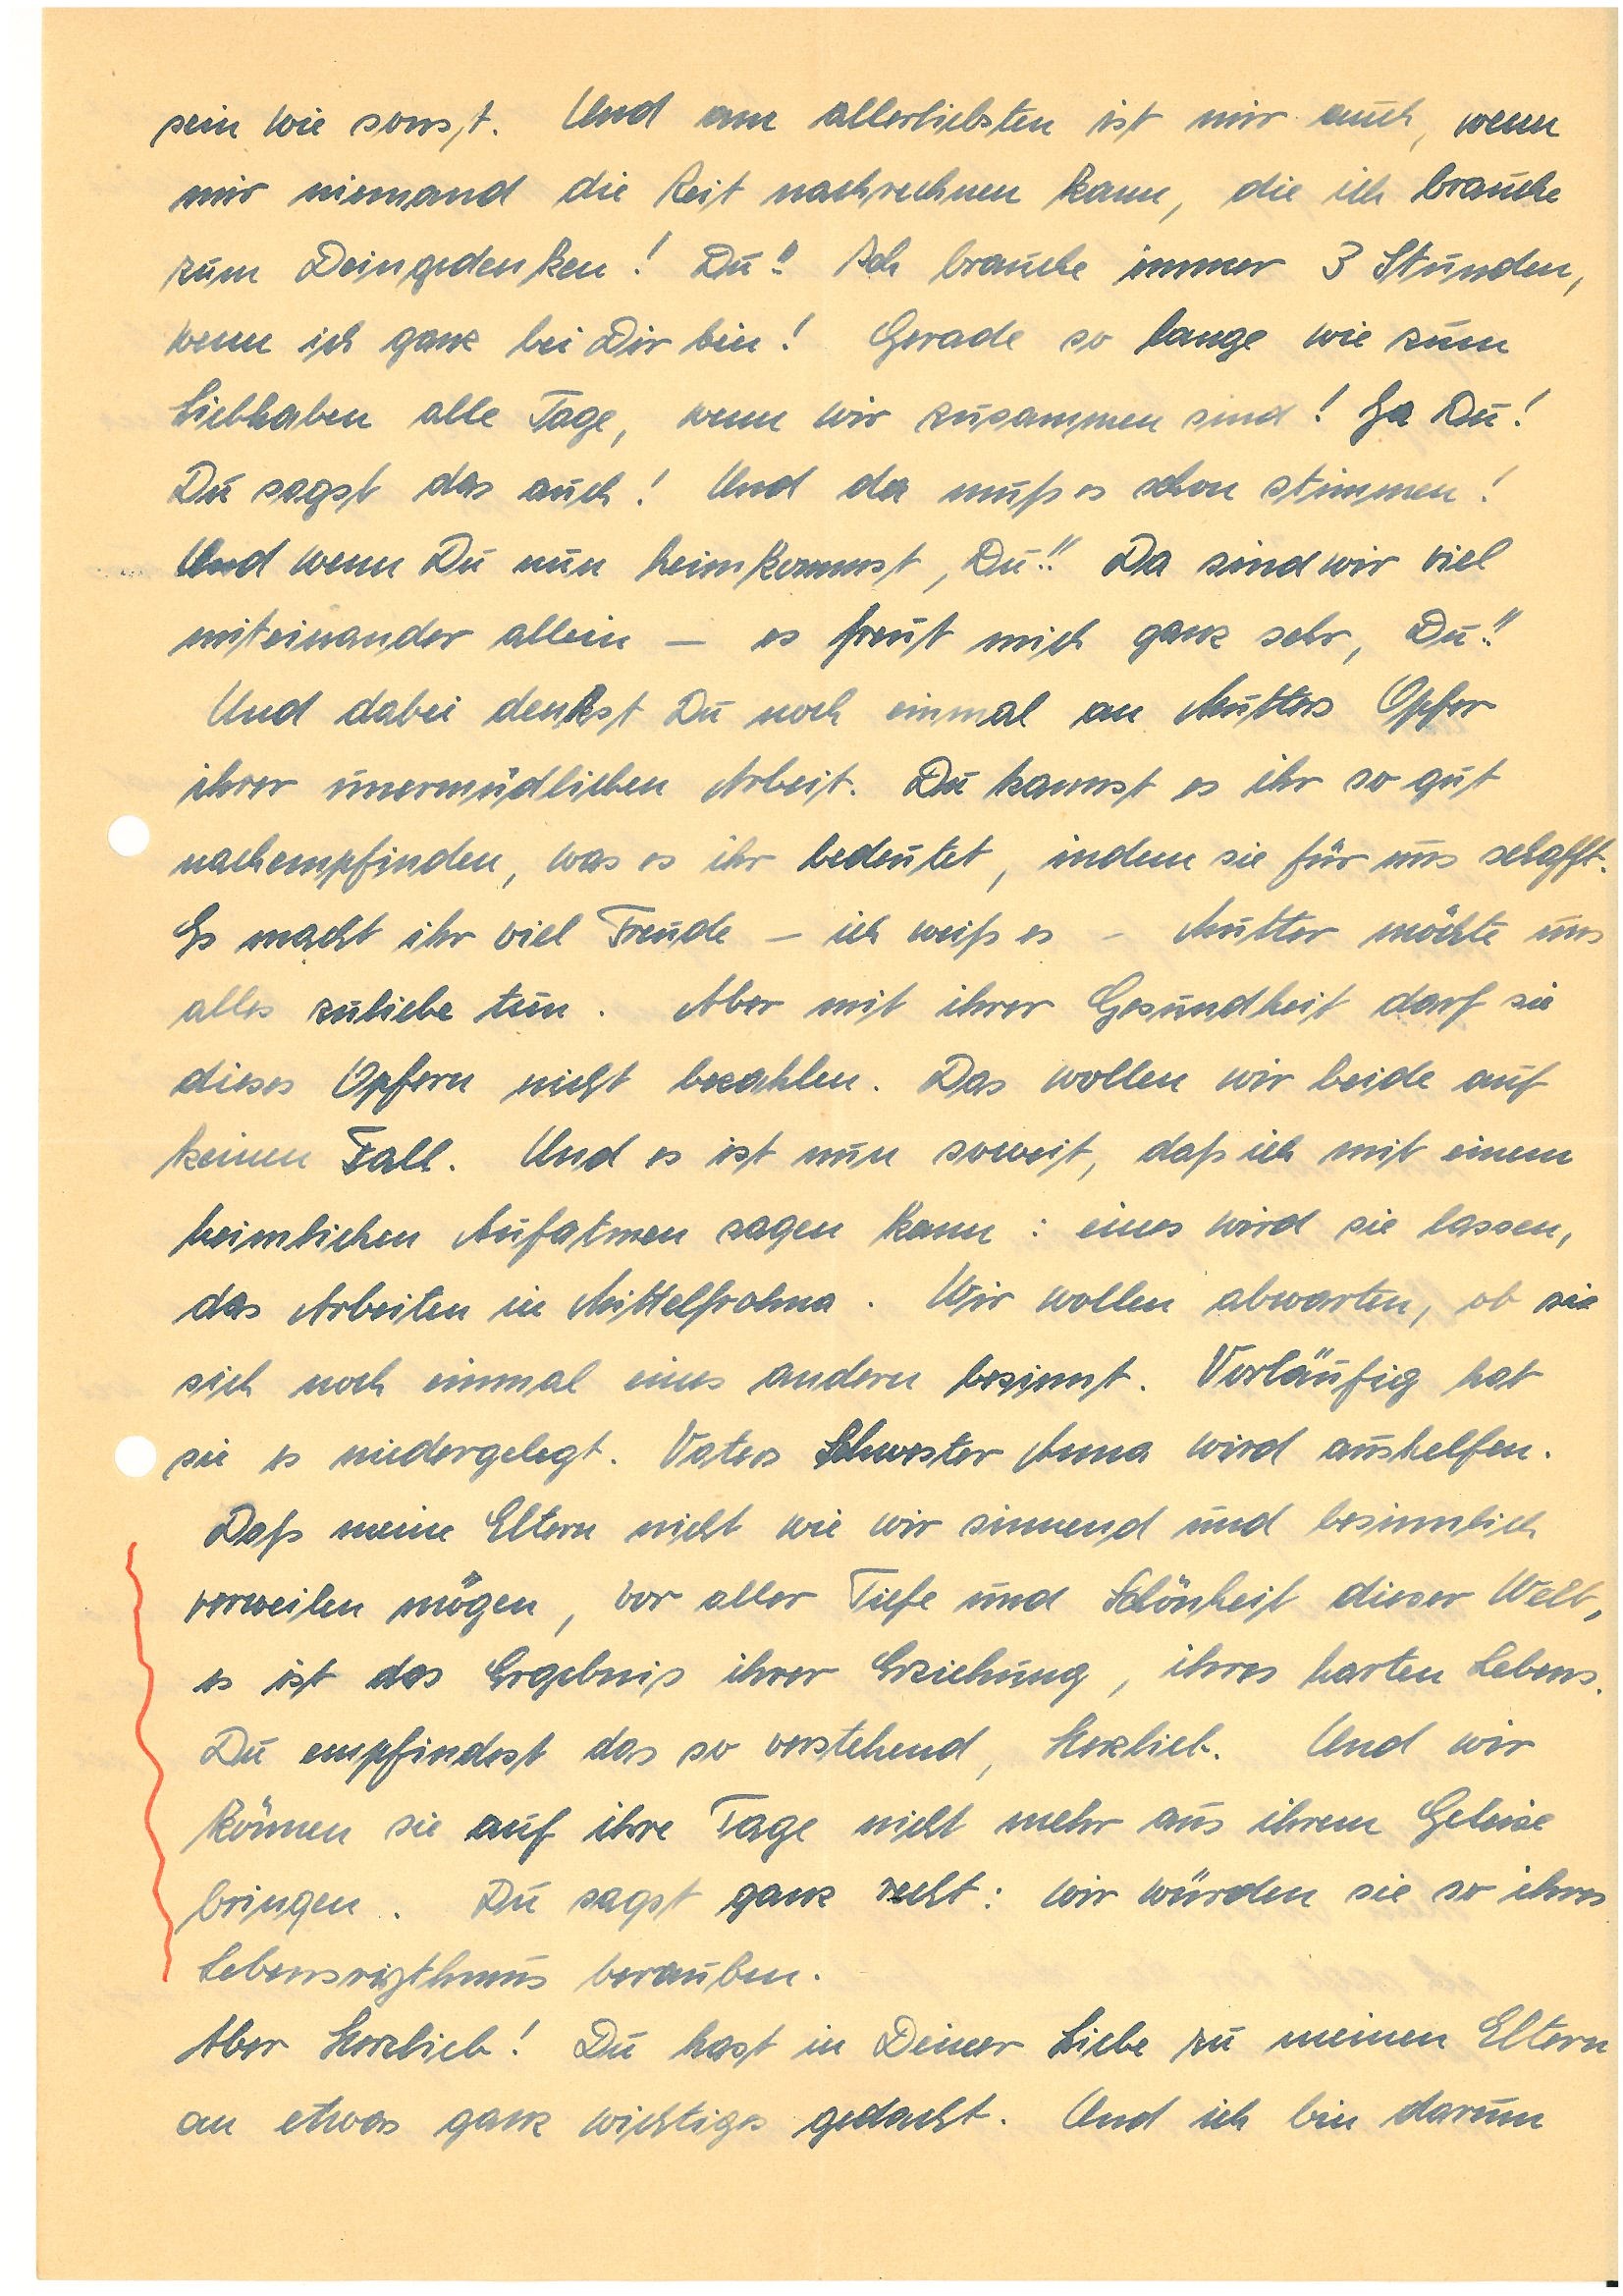
sein wie sonst. Und am allerliebsten ist mir auch, wenn
mir niemand die Zeit nachrechnen kann, die ich brauche
zum Deingedenken! Du!! Ich brauche immer 3 Stunden,
wenn ich ganz bei Dir bin! Gerade so lange wie zum
Liebhaben alle Tage, wenn wir zusammen sind! Ja Du!
Du sagst das auch! Und da muß es schon stimmen!
Und wenn Du nun heimkommst, Du!! Da sind wir viel
miteinander allein – es freut mich ganz sehr, Du!!
Und dabei denkst Du noch einmal an Mutters Opfer
ihrer unermüdlichen Arbeit. Du kannst es ihr so gut
nachempfinden, was es ihr bedeutet, indem sie für uns schafft.
Es macht ihr viel Freude – ich weiß es – Mutter möchte uns
alles zuliebe tun. Aber mit ihrer Gesundheit darf sie
dieses Opfern nicht bezahlen. Das wollen wir beide auf
keinen Fall. Und es ist nun soweit, daß ich mit einem
heimlichen Aufatmen sagen kann: eines wird sie lassen,
das Arbeiten in M. Wir wollen abwarten, ob sie
sich noch einmal eines andern besinnt. Vorläufig hat
sie es niedergelegt. Vaters Schwester A. wird aushelfen.
Daß meine Eltern nicht wie wir sinnend und besinnlich
verweilen mögen, vor aller Tiefe und Schönheit dieser Welt,
es ist das Ergebnis ihrer Erziehung, ihres harten Lebens.
Du empfindest das so verstehend, Herzlieb. Und wir
können sie auf ihre Tage nicht mehr aus ihrem Geleise
bringen. Du sagst ganz recht: wir würden sie so ihres
Lebensrythmus berauben.
Aber Herzlieb! Du hast in Deiner Liebe zu meinen Eltern
an etwas ganz wichtiges gedacht. Und ich bin darum